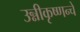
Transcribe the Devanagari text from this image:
उन्नीकृष्णन्चे